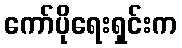
ကော်ပိုရေးရှင်းက